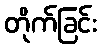
တိုက်ခြင်း